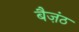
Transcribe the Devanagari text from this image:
बैज़ंठ